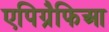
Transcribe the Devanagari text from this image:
एपिग्रैफिआ